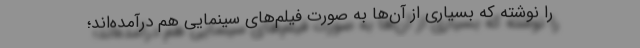
را نوشته که بسیاری از آن‌ها به صورت فیلم‌های سینمایی هم درآمده‌اند؛